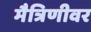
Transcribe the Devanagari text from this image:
मैत्रिणीवर